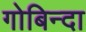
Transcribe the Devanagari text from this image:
गोबिन्दा